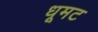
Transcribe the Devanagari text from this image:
धूमट